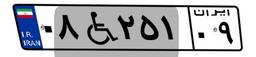
۰۸W۲۵۱۰۹